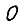
Digit: 0